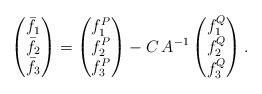
LaTeX: \begin{align*}\begin{pmatrix} \bar{f}_1\\ \bar{f}_2\\ \bar{f}_3\end{pmatrix} = \begin{pmatrix}f^P_1\\f^P_2\\f^P_3\end{pmatrix}- C\,A^{-1}\begin{pmatrix}f^Q_1\\f^Q_2\\f^Q_3\end{pmatrix}.\end{align*}